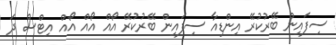
ސިފައިން ބޭރުކުރޭ އިންޑިއާ ސިފައިން ބޭރުކުރޭ އޯއް އޯއް އޯއް އިޓްސް ދަ